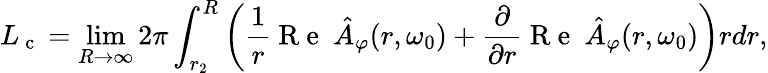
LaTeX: L_{\mathrm{~c~}}=\operatorname*{lim}_{R\rightarrow\infty}2\pi\int_{r_{2}}^{R}\bigg(\frac{1}{r}\mathrm{~R~e~}\ \hat{A}_{\varphi}(r,\omega_{0})+\frac{\partial}{\partial r}\mathrm{~R~e~}\ \hat{A}_{\varphi}(r,\omega_{0})\bigg)rdr,